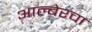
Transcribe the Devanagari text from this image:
आल्बेरचा